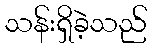
သန်းရှိခဲ့သည်